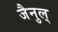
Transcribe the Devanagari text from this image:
जैनुल्